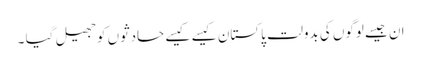
ان جیسے لوگوں کی بدولت پاکستان کیسے کیسے حادثوں کو جھیل گیا ۔